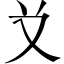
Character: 𠬠